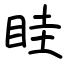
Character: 眭